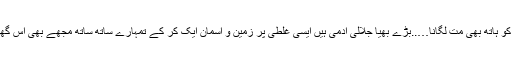
’’خبر دار اس کمرے کو ہاتھ بھی مت لگانا…..بڑے بھیا جلالی آدمی ہیں ایسی غلطی پر زمین و آسمان ایک کر کے تمہارے ساتھ ساتھ مجھے بھی اس گھر سے نکال دیں گے۔